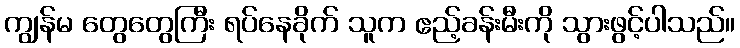
ကျွန်မ တွေတွေကြီး ရပ်နေခိုက် သူက ဧည့်ခန်းမီးကို သွားဖွင့်ပါသည်။